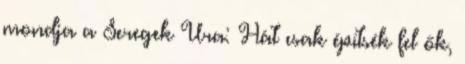
mondja a Seregek Ura: Hát csak építsék fel ők,